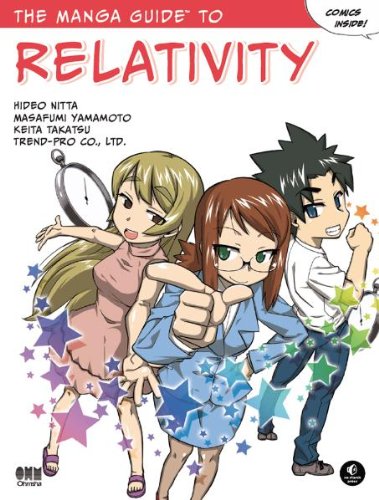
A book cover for The Manga Guide to Relativity; Hideo Nitta; Comics & Graphic Novels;